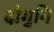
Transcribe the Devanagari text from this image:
दोगुनि